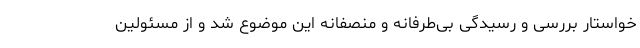
خواستار بررسی و رسیدگی بی‌طرفانه و منصفانه این موضوع شد و از مسئولین